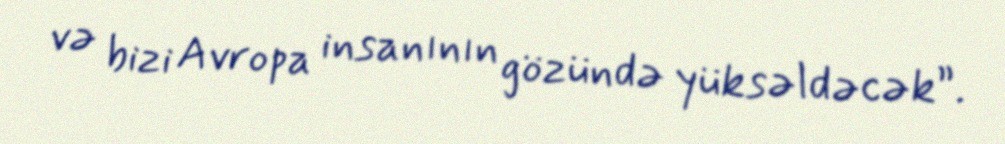
və bizi Avropa insanının gözündə yüksəldəcək”.